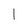
Character: I